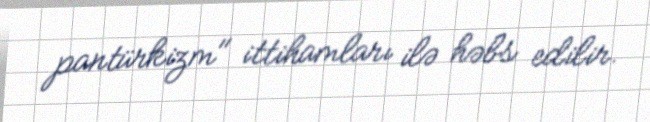
pantürkizm" ittihamları ilə həbs edilir.